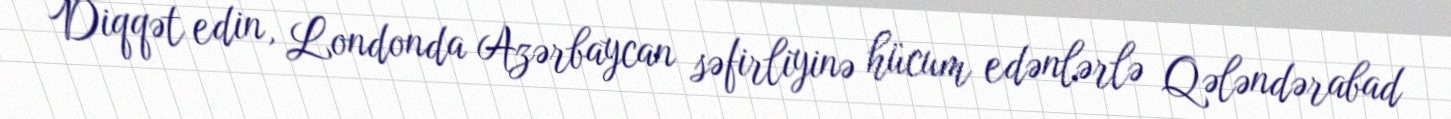
Diqqət edin, Londonda Azərbaycan səfirliyinə hücum edənlərlə Qələndərabad